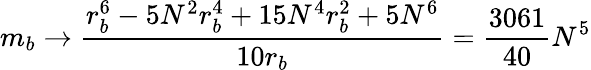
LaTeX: m_{b}\rightarrow\frac{r_{b}^{6}-5N^{2}r_{b}^{4}+15N^{4}r_{b}^{2}+5N^{6}}{10r_{b}}=\frac{3061}{40}N^{5}